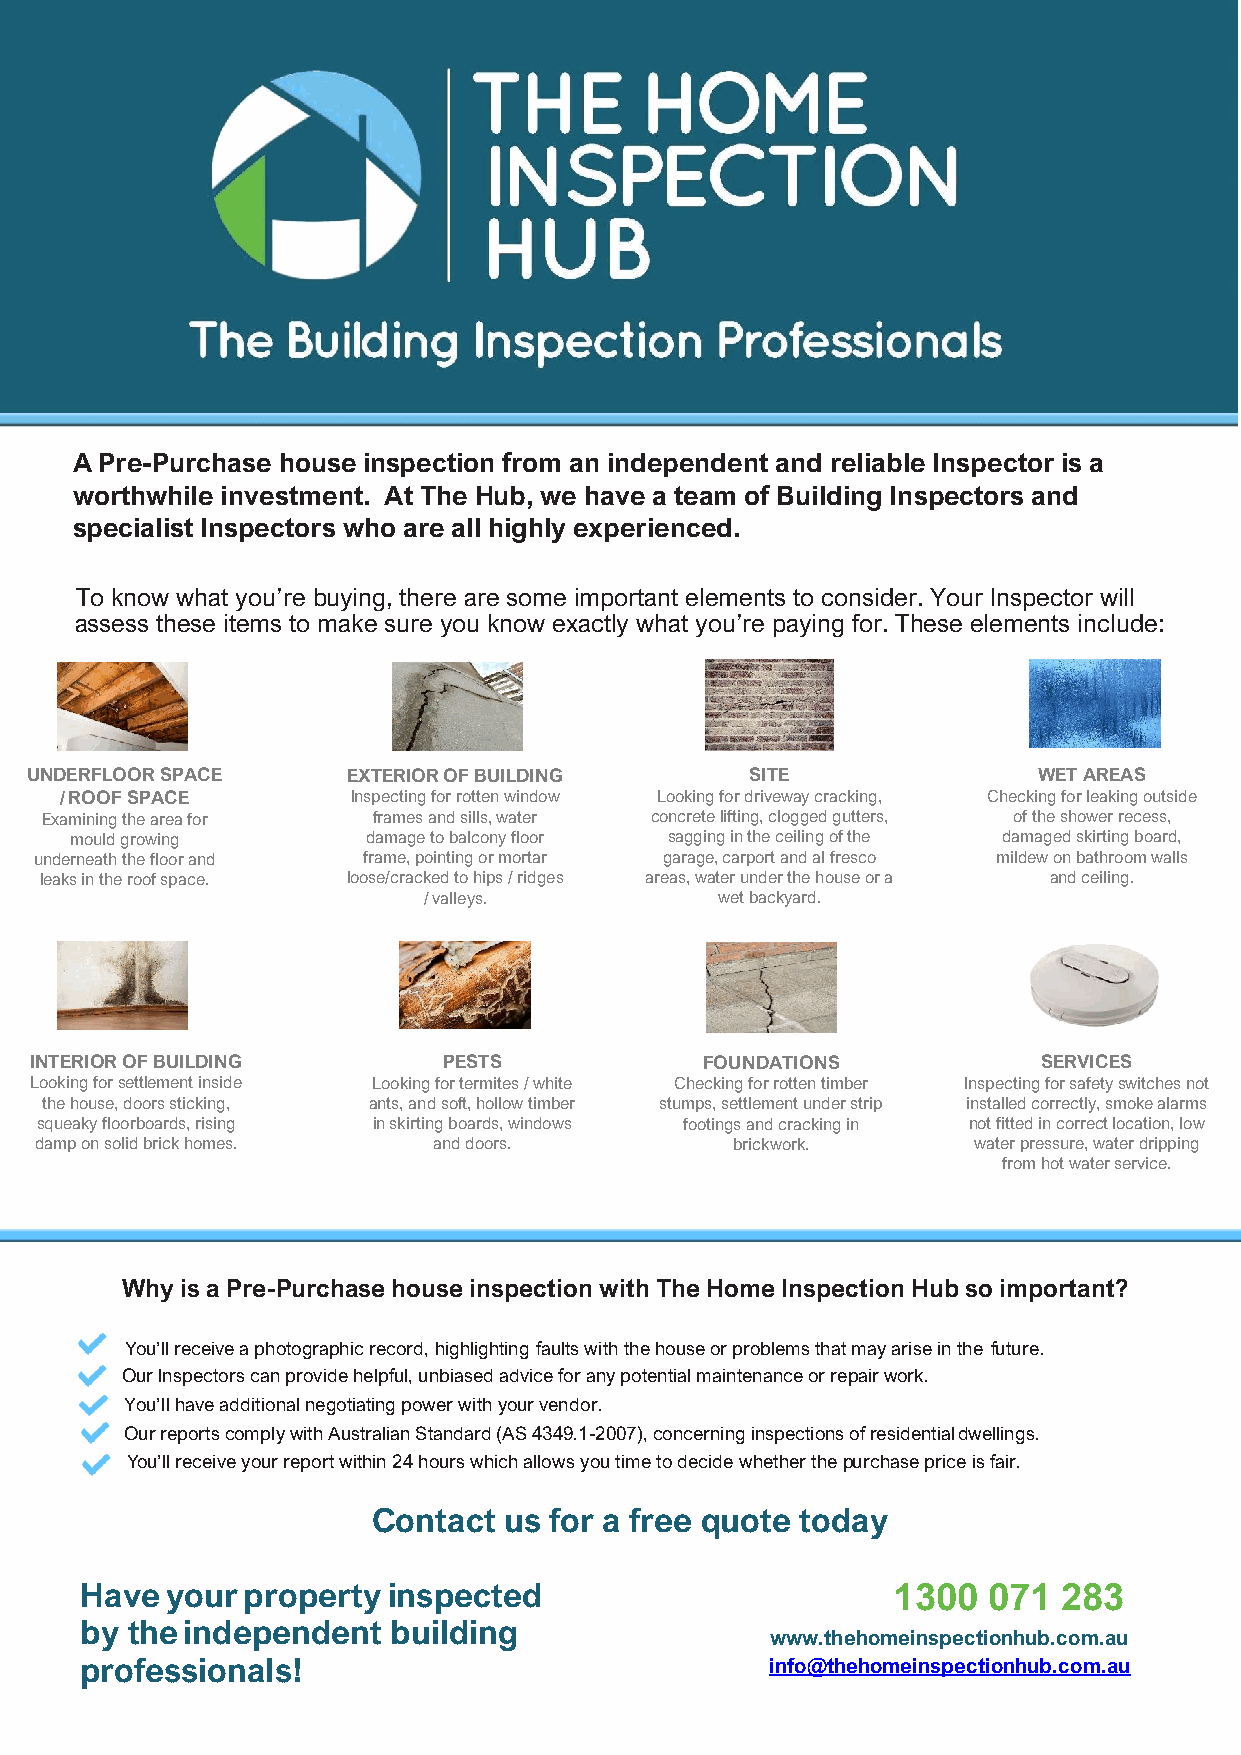
A Pre-Purchase house inspection from an independent and reliable Inspector is a
 worthwhile investment. At The Hub, we have a team of Building Inspectors and
 specialist Inspectors who are all highly experienced.
 To know what you’re buying, there are some important elements to consider. Your Inspector will
 assess these items to make sure you know exactly what you’re paying for. These elements include:
 UNDERFLOOR SPACE     EXTERIOR OF BUILDING       SITE               WET AREAS
 / ROOF SPACE       Inspecting for rotten window Looking for driveway cracking, Checking for leaking outside
 Examining the area for frames and sills, water concrete lifting, clogged gutters, of the shower recess,
 mould growing      damage to balcony floor sagging in the ceiling of the damaged skirting board,
 underneath the floor and frame, pointing or mortar garage, carport and al fresco mildew on bathroom walls
 leaks in the roof space. loose/cracked to hips / ridges areas, water under the house or a and ceiling.
 / valleys.          wet backyard.
 INTERIOR OF BUILDING       PESTS             FOUNDATIONS           SERVICES
 Looking for settlement inside Looking for termites / white Checking for rotten timber Inspecting for safety switches not
 the house, doors sticking, ants, and soft, hollow timber stumps, settlement under strip installed correctly, smoke alarms
 squeaky floorboards, rising in skirting boards, windows footings and cracking in not fitted in correct location, low
 damp on solid brick homes. and doors.          brickwork.     water pressure, water dripping
 from hot water service.
 Why is a Pre-Purchase house inspection with The Home Inspection Hub so important?
 You’ll receive a photographic record, highlighting faults with the house or problems that may arise in the future.
 Our Inspectors can provide helpful, unbiased advice for any potential maintenance or repair work.
 You’ll have additional negotiating power with your vendor.
 Our reports comply with Australian Standard (AS 4349.1-2007), concerning inspections of residential dwellings.
 You’ll receive your report within 24 hours which allows you time to decide whether the purchase price is fair.
 Contact us for a free quote today
 Have  your property  inspected                        1300  071  283
 by the independent   building
 www.thehomeinspectionhub.com.au
 professionals!                                info@thehomeinspectionhub.com.au